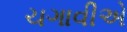
ચગાવીએ